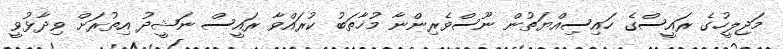
މަޖިލީހުގެ ރައީސްގެ ހައިސިއްޔަތުން ނޫސްވެރިންނާ މުޚާތަބު ކުރައްވާ ރައީސް ނަޝީދު އިތުރަށް ވިދާޅުވީ